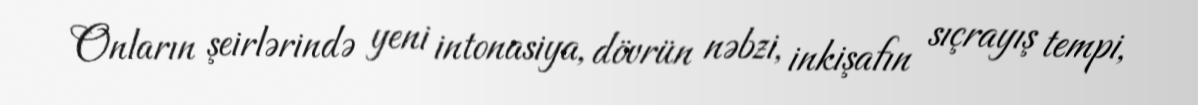
Onların şeirlərində yeni intonasiya, dövrün nəbzi, inkişafın sıçrayış tempi,